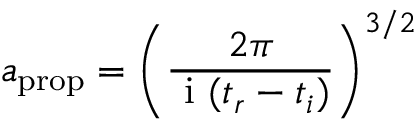
a _ { \mathrm { p r o p } } = \left( \frac { 2 \pi } { \mathrm { ~ i ~ } ( t _ { r } - t _ { i } ) } \right) ^ { 3 / 2 }